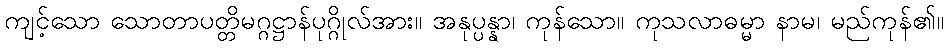
ကျင့်သော သောတာပတ္တိမဂ္ဂဋ္ဌာန်ပုဂ္ဂိုလ်အား။ အနုပ္ပန္နာ၊ ကုန်သော။ ကုသလာဓမ္မာ နာမ၊ မည်ကုန်၏။